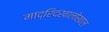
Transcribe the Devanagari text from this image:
माद्रिदखालोखाल